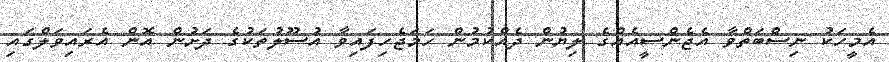
އެމީހަކު ނިސްބަތްވާ އެޖެންސީއެއްގެ ލިޔުން ދެއްކުމުން ހަމަޖެހިފައިވާ އުސޫލުތަކުގެ ދަށުން އޮން އެރައިވަލްގައި